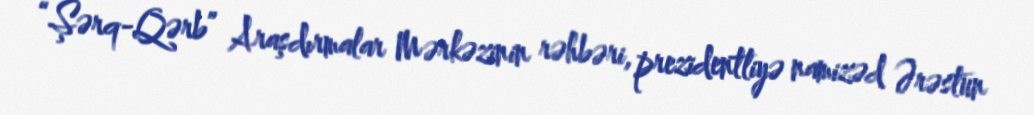
“Şərq-Qərb” Araşdırmalar Mərkəzinin rəhbəri, prezidentliyə namizəd Ərəstun